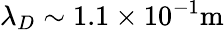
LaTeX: \lambda_{D}\sim 1.1\times 10^{-1}\mathrm{m}